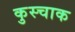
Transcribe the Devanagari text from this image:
कुस्चाक